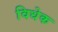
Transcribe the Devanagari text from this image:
विधेक